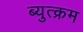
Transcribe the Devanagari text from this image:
ब्युत्क्रम